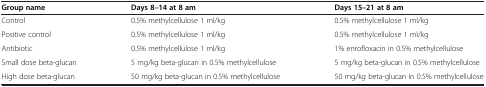
<table><thead><tr><td><b>Group name</b></td><td><b>Days 8–14 at 8 am</b></td><td><b>Days 15–21 at 8 am</b></td></tr></thead><tbody><tr><td>Control</td><td>0.5% methylcellulose 1 ml/kg</td><td>0.5% methylcellulose 1 ml/kg</td></tr><tr><td>Positive control</td><td>0.5% methylcellulose 1 ml/kg</td><td>0.5% methylcellulose 1 ml/kg</td></tr><tr><td>Antibiotic</td><td>0.5% methylcellulose 1 ml/kg</td><td>1% enrofloxacin in 0.5% methylcellulose</td></tr><tr><td>Small dose beta-glucan</td><td>5 mg/kg beta-glucan in 0.5% methylcellulose</td><td>5 mg/kg beta-glucan in 0.5% methylcellulose</td></tr><tr><td>High dose beta-glucan</td><td>50 mg/kg beta-glucan in 0.5% methylcellulose</td><td>50 mg/kg beta-glucan in 0.5% methylcellulose</td></tr></tbody></table>